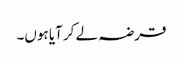
قرضہ لے کر آیا ہوں۔